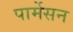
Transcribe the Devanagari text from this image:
पार्मेसन